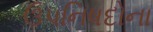
ઉપનિષદોના